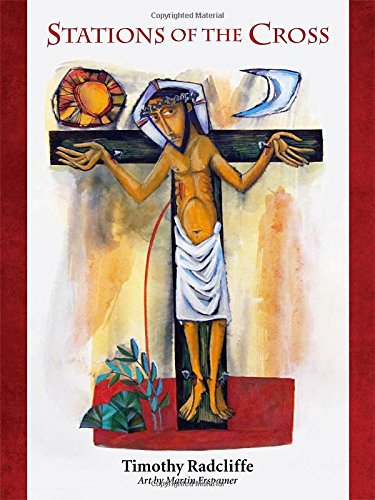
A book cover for Stations of the Cross; Timothy Radcliffe OP; Christian Books & Bibles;